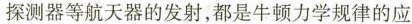
探测器等航天器的发射，都是牛顿力学规律的应